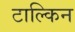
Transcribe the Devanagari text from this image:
टाल्किन